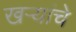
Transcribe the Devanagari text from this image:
खर्‍यांचे